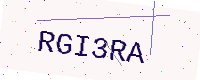
Text: RGI3RA